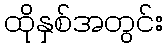
ထိုနှစ်အတွင်း